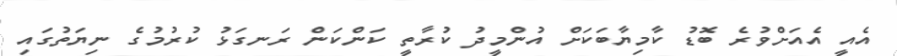
އެއީ އެއަށްވުރެ ބޮޑު ކާމިޔާބަކަށް އުންމީދު ކުރާތީ ކަންކަން ރަނގަޅު ކުރުމުގެ ނިޔަތުގައި